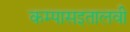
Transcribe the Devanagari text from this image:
कम्पासइतालवी